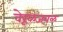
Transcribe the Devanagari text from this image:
वेरूळजवळ